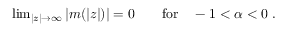
\begin{array} { r } { \operatorname* { l i m } _ { | z | \to \infty } | m ( | z | ) | = 0 \qquad \mathrm { f o r } \quad - 1 < \alpha < 0 \ . } \end{array}